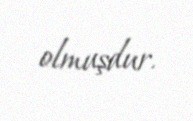
olmuşdur.